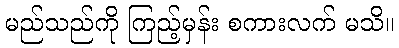
မည်သည်ကို ကြည့်မှန်း စကားလက် မသိ။